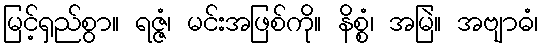
မြင့်ရှည်စွာ။ ရဇ္ဇံ၊ မင်းအဖြစ်ကို။ နိစ္စံ၊ အမြဲ။ အဗျာဓံ၊